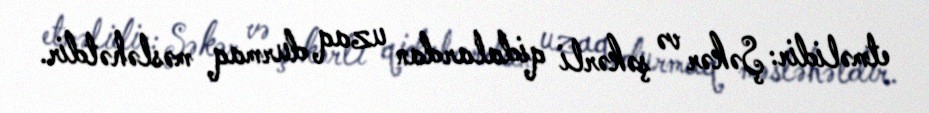
etməlidir: Şəkər və şəkərli qidalardan uzaq durmaq məsləhətdir.